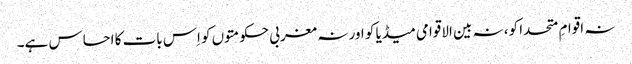
نہ اقوامِ متحدا کو، نہ بین الاقوامی میڈیا کو اور نہ مغربی حکومتوں کو اِس بات کا احساس ہے۔